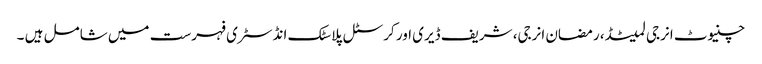
چنیوٹ انرجی لمیٹڈ، رمضان انرجی، شریف ڈیری اور کرسٹل پلاسٹک انڈسٹری فہرست میں شامل ہیں ۔